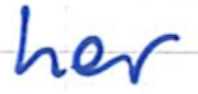
Text: her
Cross-out: clean
Writing tool: ballpoint